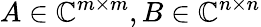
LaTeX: A\in\mathbb{C}^{m\times m},B\in\mathbb{C}^{n\times n}